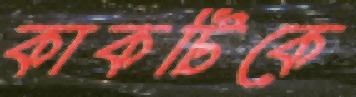
কাকটিকে